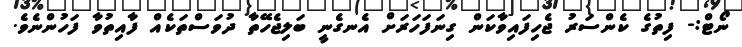
ނޯޓް:- ފިތުގެ ކެންސަރު ޖެހިފައިވާކަން ގިނަފަހަރަށް އެނގެނީ ބަލިޖެހޭތާ ދުވަސްތަކެއް ފާއިތުވާ ފަހުންނެވެ.